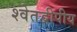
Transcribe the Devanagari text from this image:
श्वेतद्वीपीय